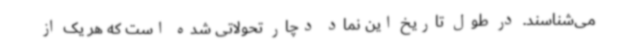
می‌شناسند. در طول تاریخ این نماد دچار تحولاتی شده است که هر یک از